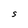
Character: S